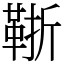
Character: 䩢